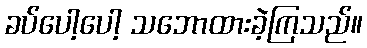
ခပ်ပေါ့ပေါ့ သဘောထားခဲ့ကြသည်။